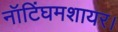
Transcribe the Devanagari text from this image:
नॉटिंघमशायर।